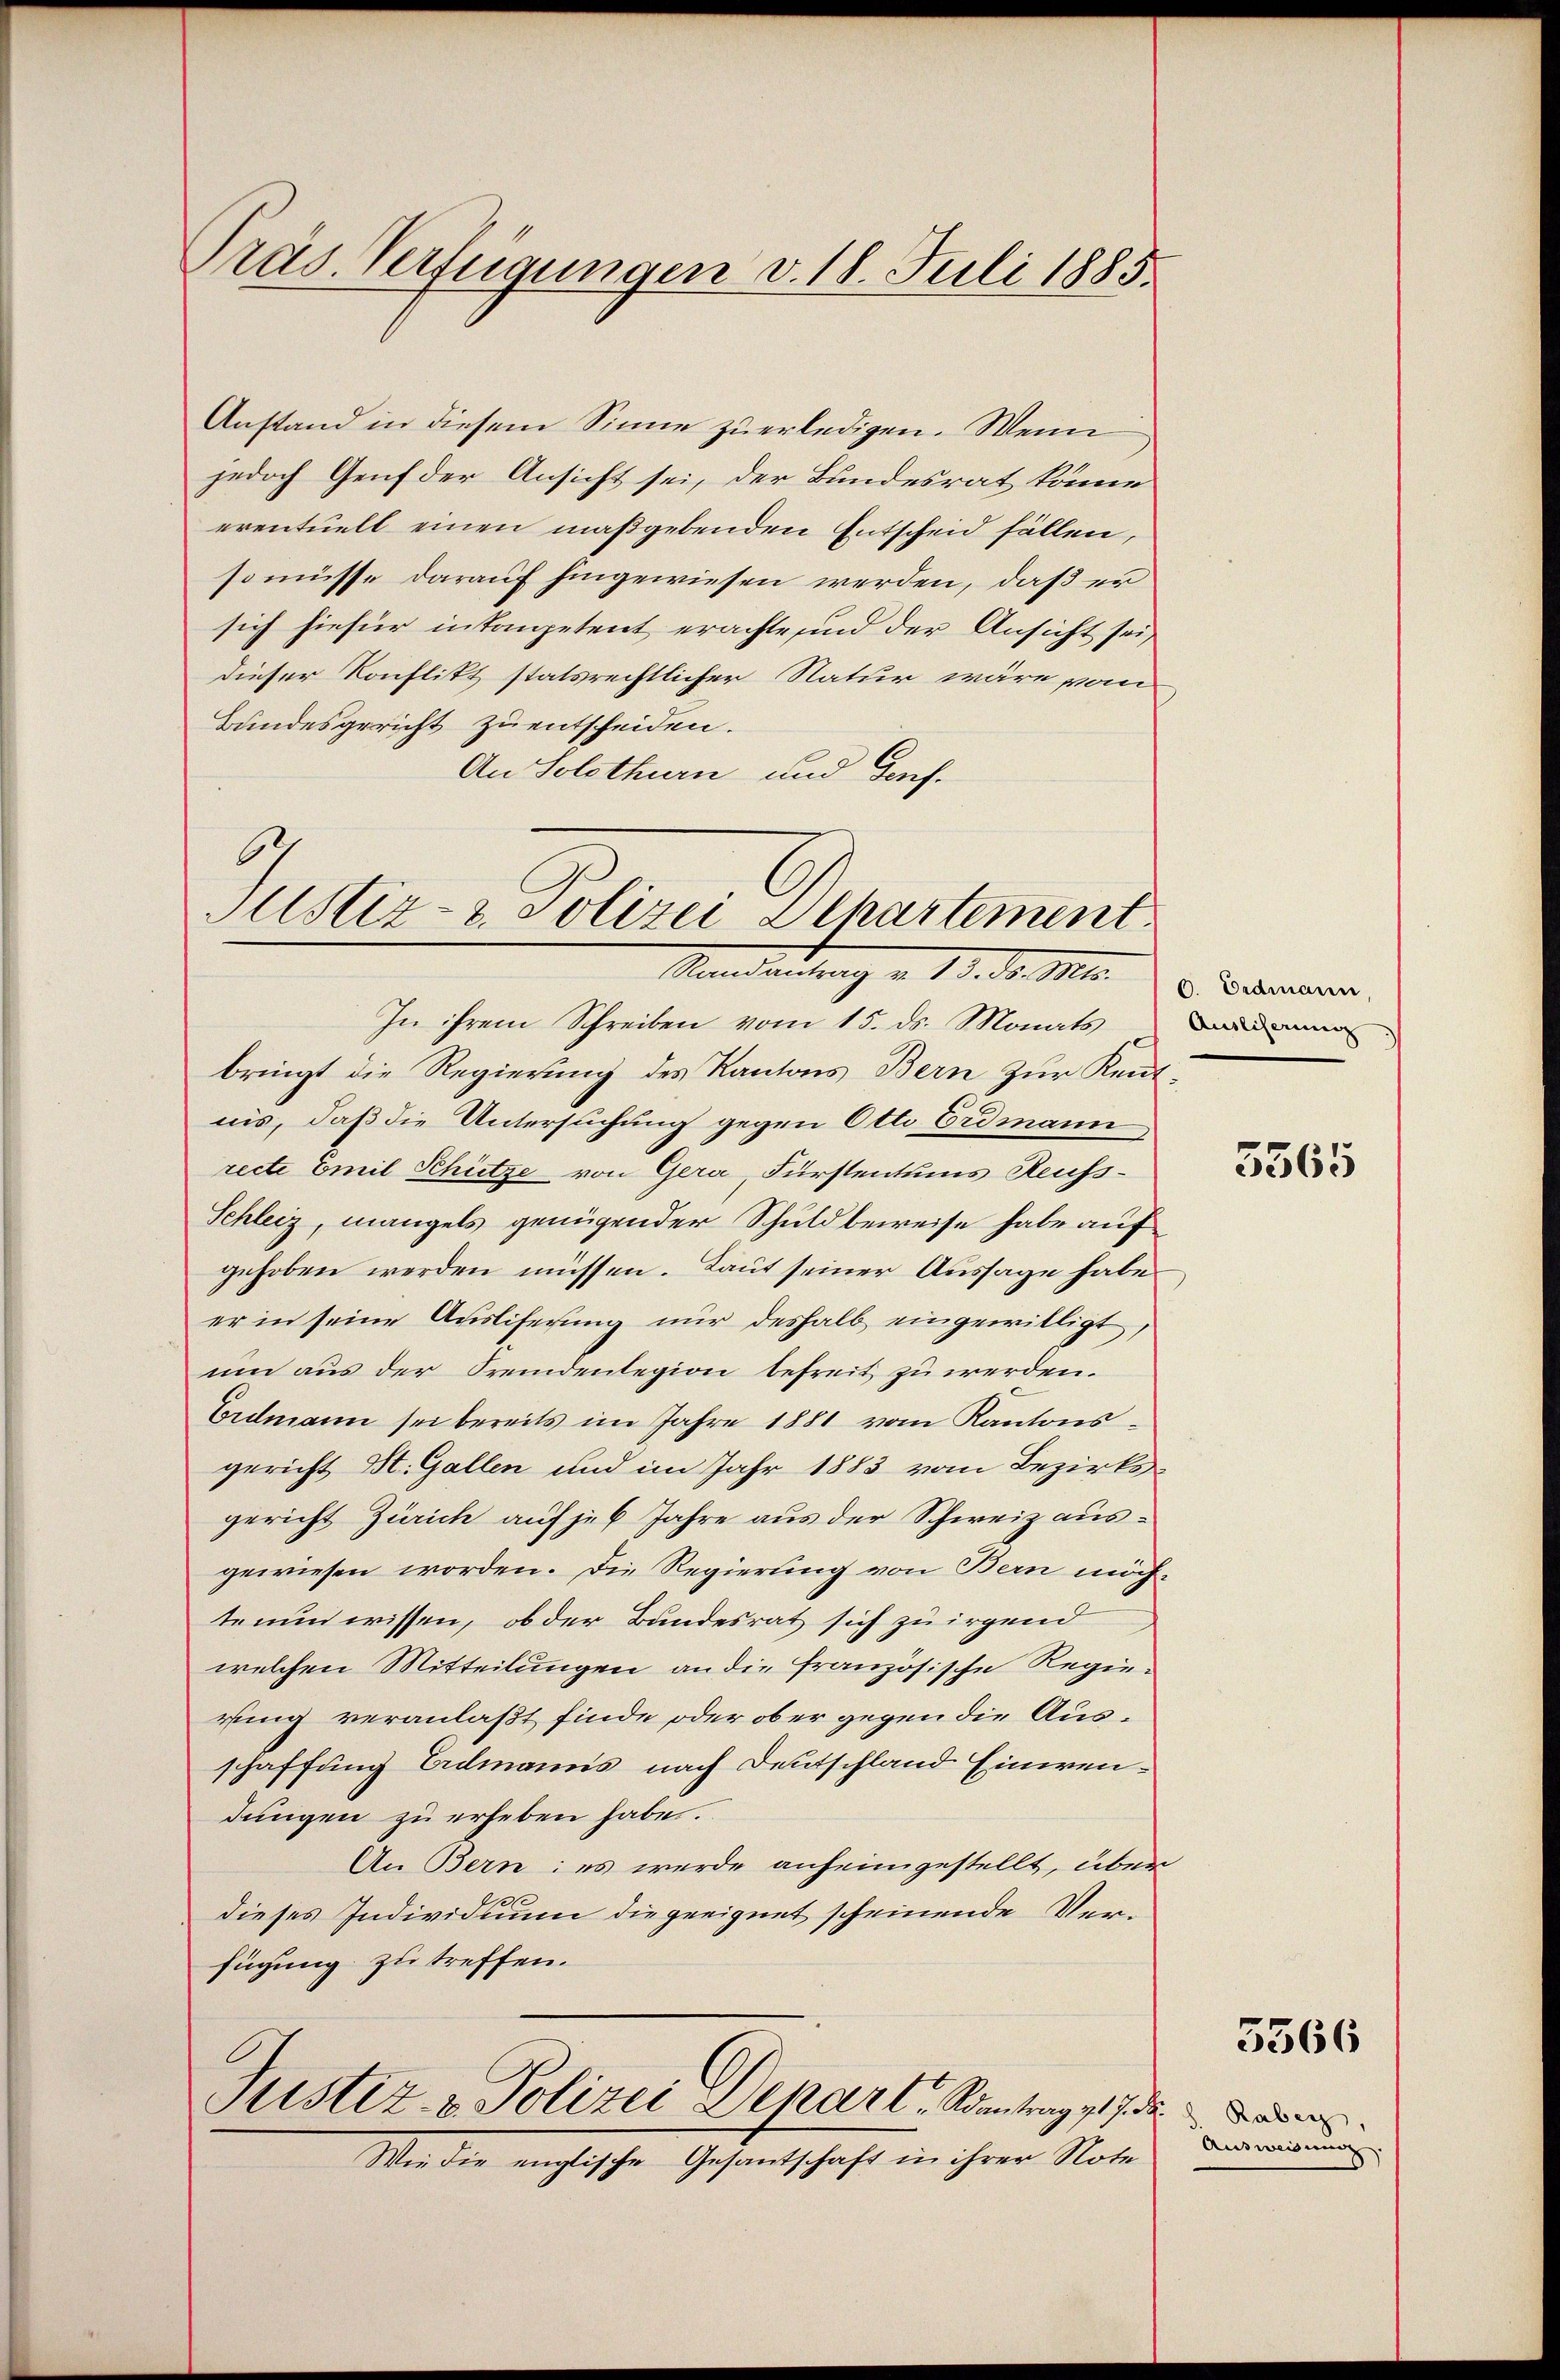
Präs. Verfügungen v. 18. Juli 1885.

Anstand in diesem Sinne zu erledigen. Wenn
jedoch Genf der Ansicht sei, der Bundesrat könne
eventuell einen maßgebenden Entscheid fällen,
so müsse darauf hingewiesen werden, daß er
sich hiefür inkompetent erachte und der Ansicht sei,
dieser Konflikt statsrechtlicher Natur wäre vom
Bundesgericht zu entscheiden.
An Solothurn und Genf.

6
Justiz- & Polizei Dehartement
Mailandlung v. 10. d. M. v. Badensern,

In ihrem Schreiben vom 15. ds. Monats
bringt die Regierung des Kantons Bern zur Kentnis, daß die Untersuchung gegen Otto Erdmann
recte Emil Schütze von Gera, Fürstentums Reuss¬
Schleiz, mangels genügender Schuldbeweise habe auf
gehoben werden müssen. Laut seiner Aussage habe
er in seine Ausliferung nur deshalb eingewilligt
um aus der Fremdenlegion befreit zu werden.
Erdmann sei bereits im Jahre 1881 vom Kantons-
gericht St. Gallen und im Jahr 1883 vom Bezirksgericht Zürich auf je 6 Jahre aus der Schweiz ausgewiesen worden. Die Regierung von Bern möchtenun wissen, ob der Bandesrat sich zu irgend
welchen Mitteilungen an die Französische Regierung veranlaßt finde oder ober gegen die Ausschaffung Eidmanns nach Deutschland Einwendungen zu erheben habe.
An Bern: es werde anheimgestellt, über
dieses Individuum die geeignet scheinende Verfügung zu treffen.

Justiz- & Polizei Deparl, Santrag 217. d. Baden

Wie die englische Gesantschaft in ihrer Note

Auslieferung

5565

5566

Ausweisung.